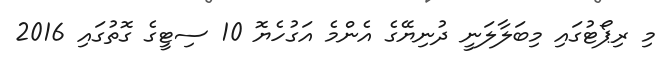
މި ރިޕޯޓުގައި މިބަލާލަނީ ދުނިޔޭގެ އެންމެ އަގުހެޔޮ 10 ސިޓީގެ ގޮތުގައި 2016